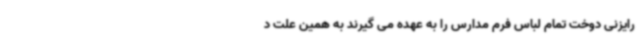
رایزنی دوخت تمام لباس فرم مدارس را به عهده می گیرند به همین علت د